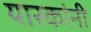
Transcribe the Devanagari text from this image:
यास्कांनी